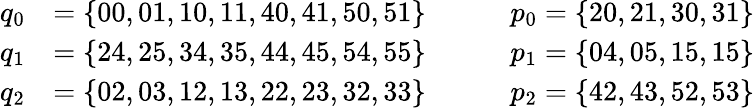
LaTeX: \begin{array}{rl}{q_{0}}&{=\{ 00,01,10,11,40,41,50,51\} \qquad\quad p_{0}=\{ 20,21,30,31\} }\\ {q_{1}}&{=\{ 24,25,34,35,44,45,54,55\} \qquad\quad p_{1}=\{ 04,05,15,15\} }\\ {q_{2}}&{=\{ 02,03,12,13,22,23,32,33\} \qquad\quad p_{2}=\{ 42,43,52,53\} }\end{array}